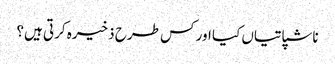
ناشپاتیاں کیا اور کس طرح ذخیرہ کرتی ہیں؟